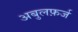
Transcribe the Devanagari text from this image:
अबुलफ़र्ज